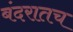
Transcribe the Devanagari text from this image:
बंदरातच